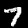
Label: 7